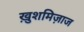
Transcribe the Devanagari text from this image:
ख़ुशमिज़ाज